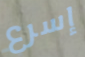
إسرع